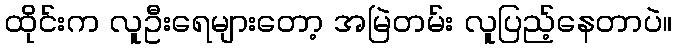
ထိုင်းက လူဦးရေများတော့ အမြဲတမ်း လူပြည့်နေတာပဲ။